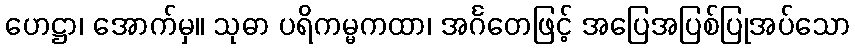
ဟေဋ္ဌာ၊ အောက်မှ။ သုဓာ ပရိကမ္မကထာ၊ အင်္ဂတေဖြင့် အပြေအပြစ်ပြုအပ်သော